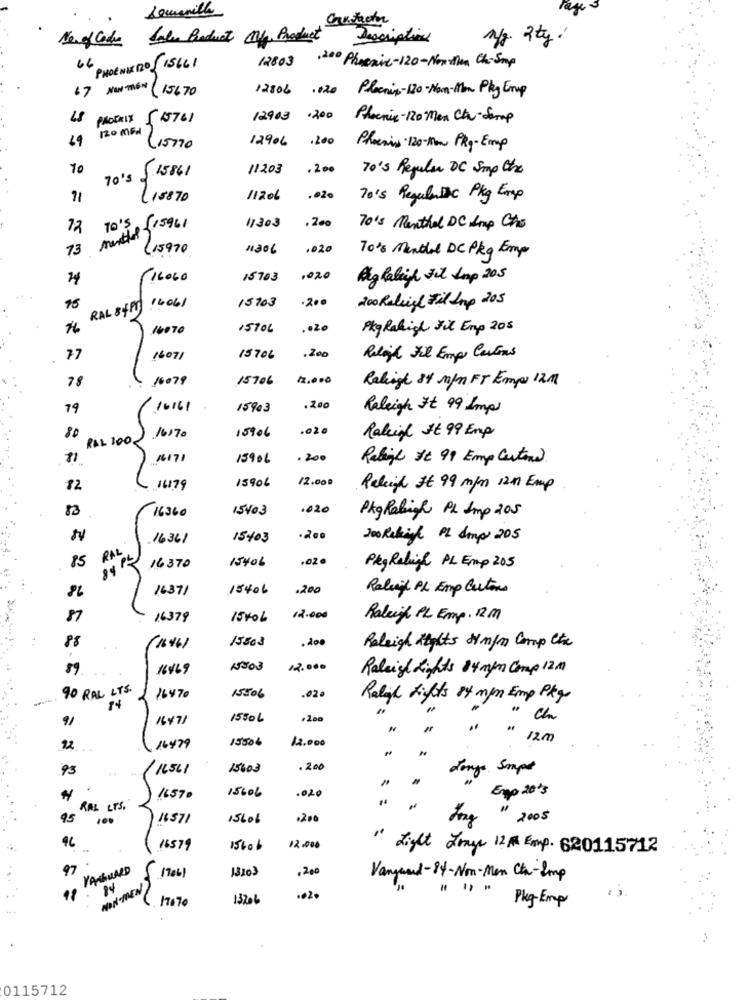
rege
Crustactor
No. of Code Salen Boduet Ma, Product
Description
n/g. 2kg.
12803
,200 Phoenic-120-Nexthen Ch-Smp
64 PHOENIX 12º 15661
67 NON THEN (15670
12806
.020
Placnin-130-Nom-Man Pky Emup
PHOENIX
510761
12903
.200
Phoenix-120 Men Ch-Semp
120 MEN
12906
.200
Lisno
Phoenix-120-Mon PRO-Emp
70
11203
.200
70's Regular DC Smp the
70's
5.15861
71
(18870
11206
.. 20
70's Regulartic Pkg Emp
12
menthol
70's (15961
11303
.2e
70's Menthal DC Imp Che
13
(15970
11306
1020
70% Menthol DC Pkg Emp
16060
15703
,020
Highaligh Fil Jump 205
RAL 84PT) 1406/
15703
. 200
15
200 Roligt Fil Sup 205
16070
15906
Pkg Rahigh Fil Emp 205
77
16071
15706
.200
Relojh Jel Emp Cartons
78
16079
15706
12.000
Raleigh 84 m/n FT Emp 1211
79
16161
15903
. 200
Raleigh It 99 Imp
15906
.020
80
RAL 100
16170
Raleigh st 99 Emp
16171
15906
. 200
Rabil Ic 99 Emp Cartone
13906
12.000
16179
Raleigh It 99 m/m 1211 Emp
88
16360
15403
.020
PkgRaleigh PL Imp 205
16361
15+03
200 Rehigh PL Imp 205
RAL
15406
020
85
16370
Pkg Religi PL Emp 205
16371
15406
.200
Raleigh PL Emp Cartons
16379
15406
12.000
Raleigh PL Emp. RM
15503
.200
88
16461
Raleigh Rights 8m/m Comp ete
89
16469
15503
12.000
Raleigh Lights 34 myn Comp 1211
90 RAL LTS.
14
16470
15506
.02.
Raligh Lights of mym Emp Pkgs
91
16471
15506
" Che
N
1550₺
12.000
" 12m
22
16479
93
16561
15603
.200
Jonge Simpel
15606
Engp 2013
16570
.020
"
RAL LTS.
95
16571
15606
.200
" 2005
46
16579
15606
12.000
" Light Frage 12 Emp. 620115712
YASGUARD
13203
,20
170b1
Vanguard-84-Non-Men Ch-Imp
NON-MEN
" " "
17070
13206
.02.
Pkg-Emp
0115712